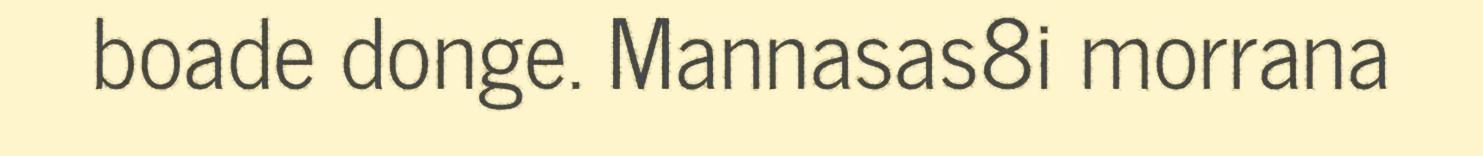
boade donge. Mannasas8i morrana